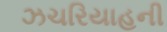
ઝચરિયાહની